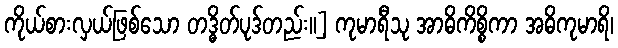
ကိုယ်စားလှယ်ဖြစ်သော တဒ္ဓိတ်ပုဒ်တည်း။] ကုမာရီသု အာဓိကိစ္စိကာ အဓိကုမာရိ၊